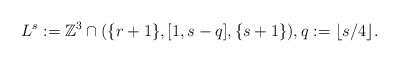
LaTeX: \begin{align*}L^{s}:=\mathbb{Z}^3\cap(\{r+1\},[1,s-q],\{s+1\}), q:=\lfloor s/4\rfloor.\end{align*}